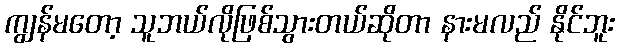
ကျွန်မတော့ သူဘယ်လိုဖြစ်သွားတယ်ဆိုတာ နားမလည် နိုင်ဘူး